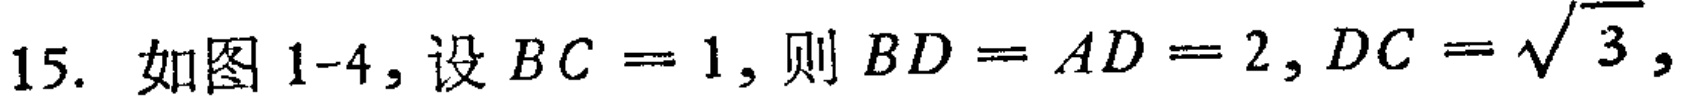
15. 如图1-4，设\(BC = 1\)，则\(BD = AD = 2\)，\(DC = \sqrt{3}\)，